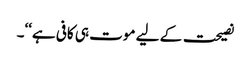
نصیحت کے لیے موت ہی کافی ہے‘‘۔